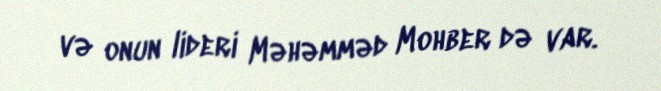
və onun lideri Məhəmməd Mohber də var.